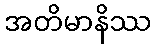
အတိမာနိဿ